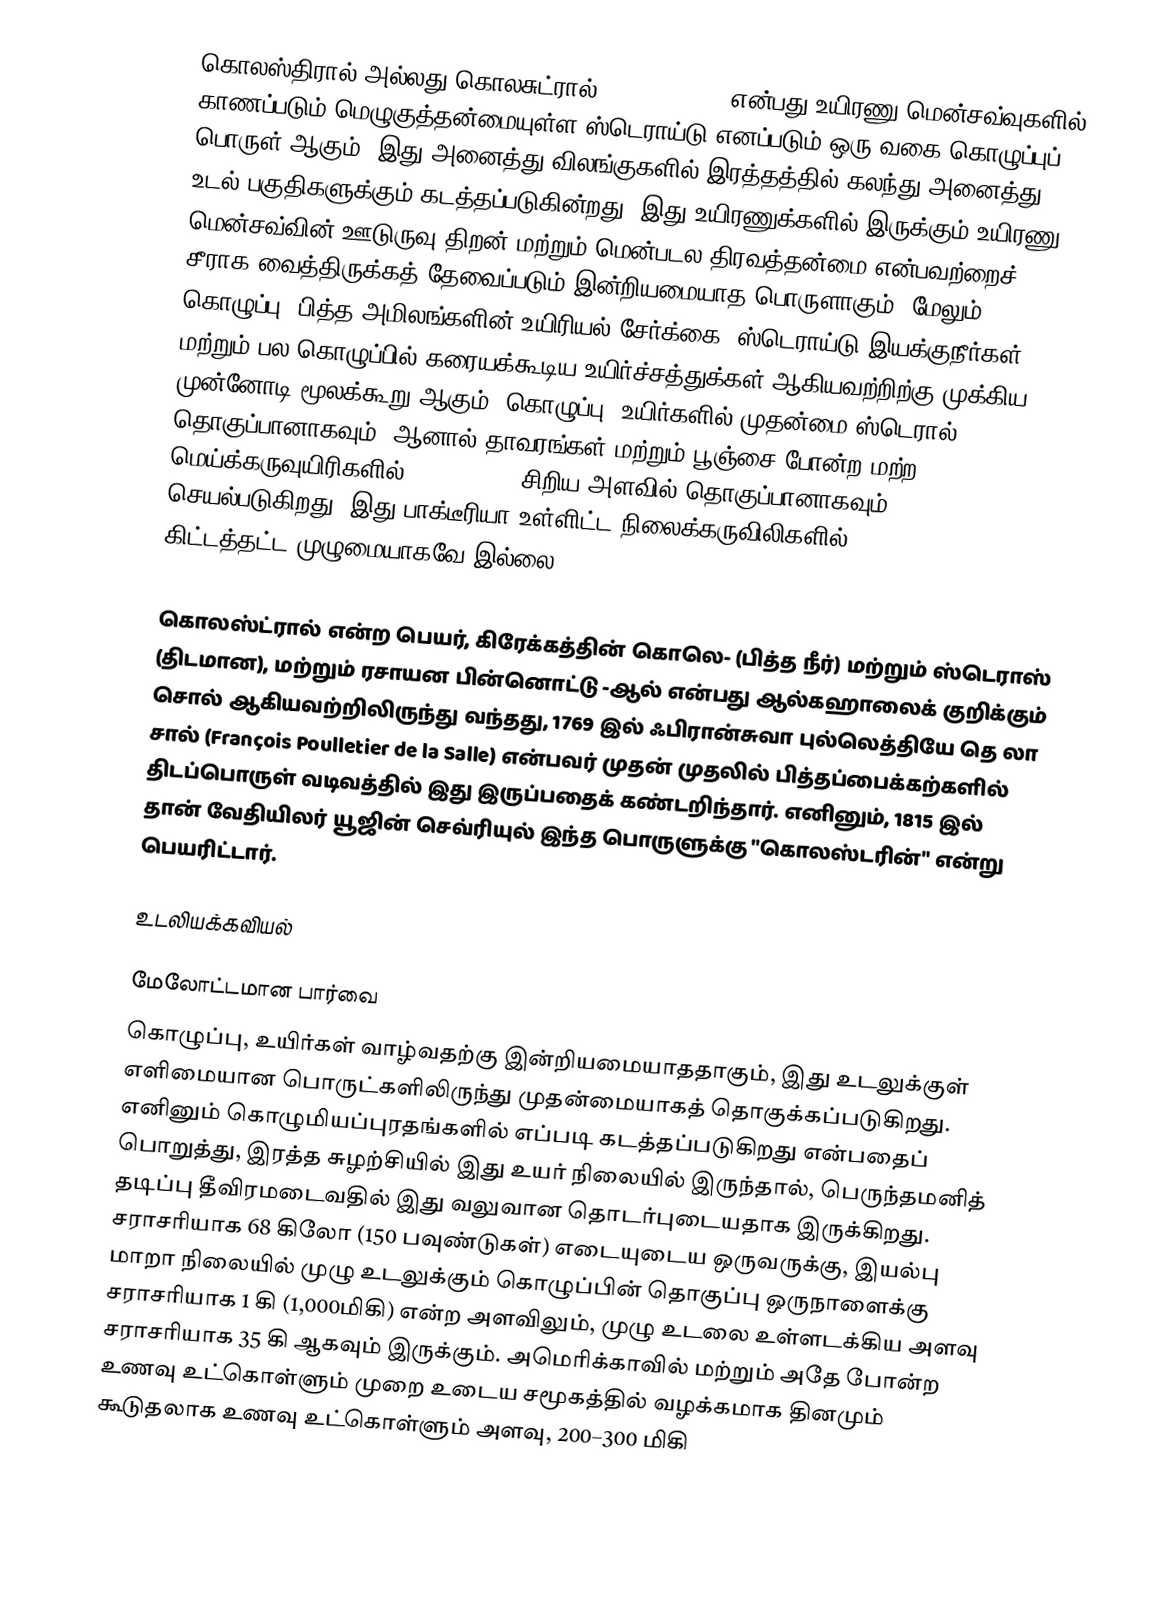
கொலஸ்திரால் அல்லது கொலசுட்ரால் (Cholesterol) என்பது உயிரணு மென்சவ்வுகளில் காணப்படும் மெழுகுத்தன்மையுள்ள ஸ்டெராய்டு எனப்படும் ஒரு வகை கொழுப்புப் பொருள் ஆகும், இது அனைத்து விலங்குகளில் இரத்தத்தில் கலந்து அனைத்து உடல் பகுதிகளுக்கும் கடத்தப்படுகின்றது. இது உயிரணுக்களில் இருக்கும் உயிரணு மென்சவ்வின் ஊடுருவு திறன் மற்றும் மென்படல திரவத்தன்மை என்பவற்றைச் சீராக வைத்திருக்கத் தேவைப்படும் இன்றியமையாத பொருளாகும். மேலும் கொழுப்பு, பித்த அமிலங்களின் உயிரியல் சேர்க்கை, ஸ்டெராய்டு இயக்குநீர்கள் மற்றும் பல கொழுப்பில் கரையக்கூடிய உயிர்ச்சத்துக்கள் ஆகியவற்றிற்கு முக்கிய முன்னோடி மூலக்கூறு ஆகும். கொழுப்பு, உயிர்களில் முதன்மை ஸ்டெரால் தொகுப்பானாகவும், ஆனால் தாவரங்கள் மற்றும் பூஞ்சை போன்ற மற்ற மெய்க்கருவுயிரிகளில் (Eukaryote) சிறிய அளவில் தொகுப்பானாகவும் செயல்படுகிறது. இது பாக்டீரியா உள்ளிட்ட நிலைக்கருவிலிகளில் (Prokaryote) கிட்டத்தட்ட முழுமையாகவே இல்லை.

கொலஸ்ட்ரால் என்ற பெயர், கிரேக்கத்தின் கொலெ- (பித்த நீர்) மற்றும் ஸ்டெராஸ் (திடமான), மற்றும் ரசாயன பின்னொட்டு -ஆல் என்பது ஆல்கஹாலைக் குறிக்கும் சொல் ஆகியவற்றிலிருந்து வந்தது, 1769 இல் ஃபிரான்சுவா புல்லெத்தியே தெ லா சால் (François Poulletier de la Salle) என்பவர் முதன் முதலில் பித்தப்பைக்கற்களில் திடப்பொருள் வடிவத்தில் இது இருப்பதைக் கண்டறிந்தார். எனினும், 1815 இல் தான் வேதியிலர் யூஜின் செவ்ரியுல் இந்த பொருளுக்கு "கொலஸ்டரின்" என்று பெயரிட்டார்.

உடலியக்கவியல்

மேலோட்டமான பார்வை
கொழுப்பு, உயிர்கள் வாழ்வதற்கு இன்றியமையாததாகும், இது உடலுக்குள் எளிமையான பொருட்களிலிருந்து முதன்மையாகத் தொகுக்கப்படுகிறது. எனினும் கொழுமியப்புரதங்களில் எப்படி கடத்தப்படுகிறது என்பதைப் பொறுத்து, இரத்த சுழற்சியில் இது உயர் நிலையில் இருந்தால், பெருந்தமனித் தடிப்பு தீவிரமடைவதில் இது வலுவான தொடர்புடையதாக இருக்கிறது. சராசரியாக 68 கிலோ (150 பவுண்டுகள்) எடையுடைய ஒருவருக்கு, இயல்பு மாறா நிலையில் முழு உடலுக்கும் கொழுப்பின் தொகுப்பு ஒருநாளைக்கு சராசரியாக 1 கி (1,000மிகி) என்ற அளவிலும், முழு உடலை உள்ளடக்கிய அளவு சராசரியாக 35 கி ஆகவும் இருக்கும். அமெரிக்காவில் மற்றும் அதே போன்ற உணவு உட்கொள்ளும் முறை உடைய சமூகத்தில் வழக்கமாக தினமும் கூடுதலாக உணவு உட்கொள்ளும் அளவு, 200–300 மிகி